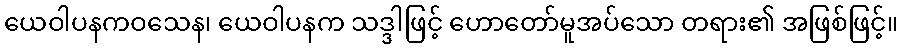
ယေဝါပနကဝသေန၊ ယေဝါပနက သဒ္ဒါဖြင့် ဟောတော်မူအပ်သော တရား၏ အဖြစ်ဖြင့်။